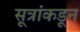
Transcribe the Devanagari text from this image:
सूत्रांकडून